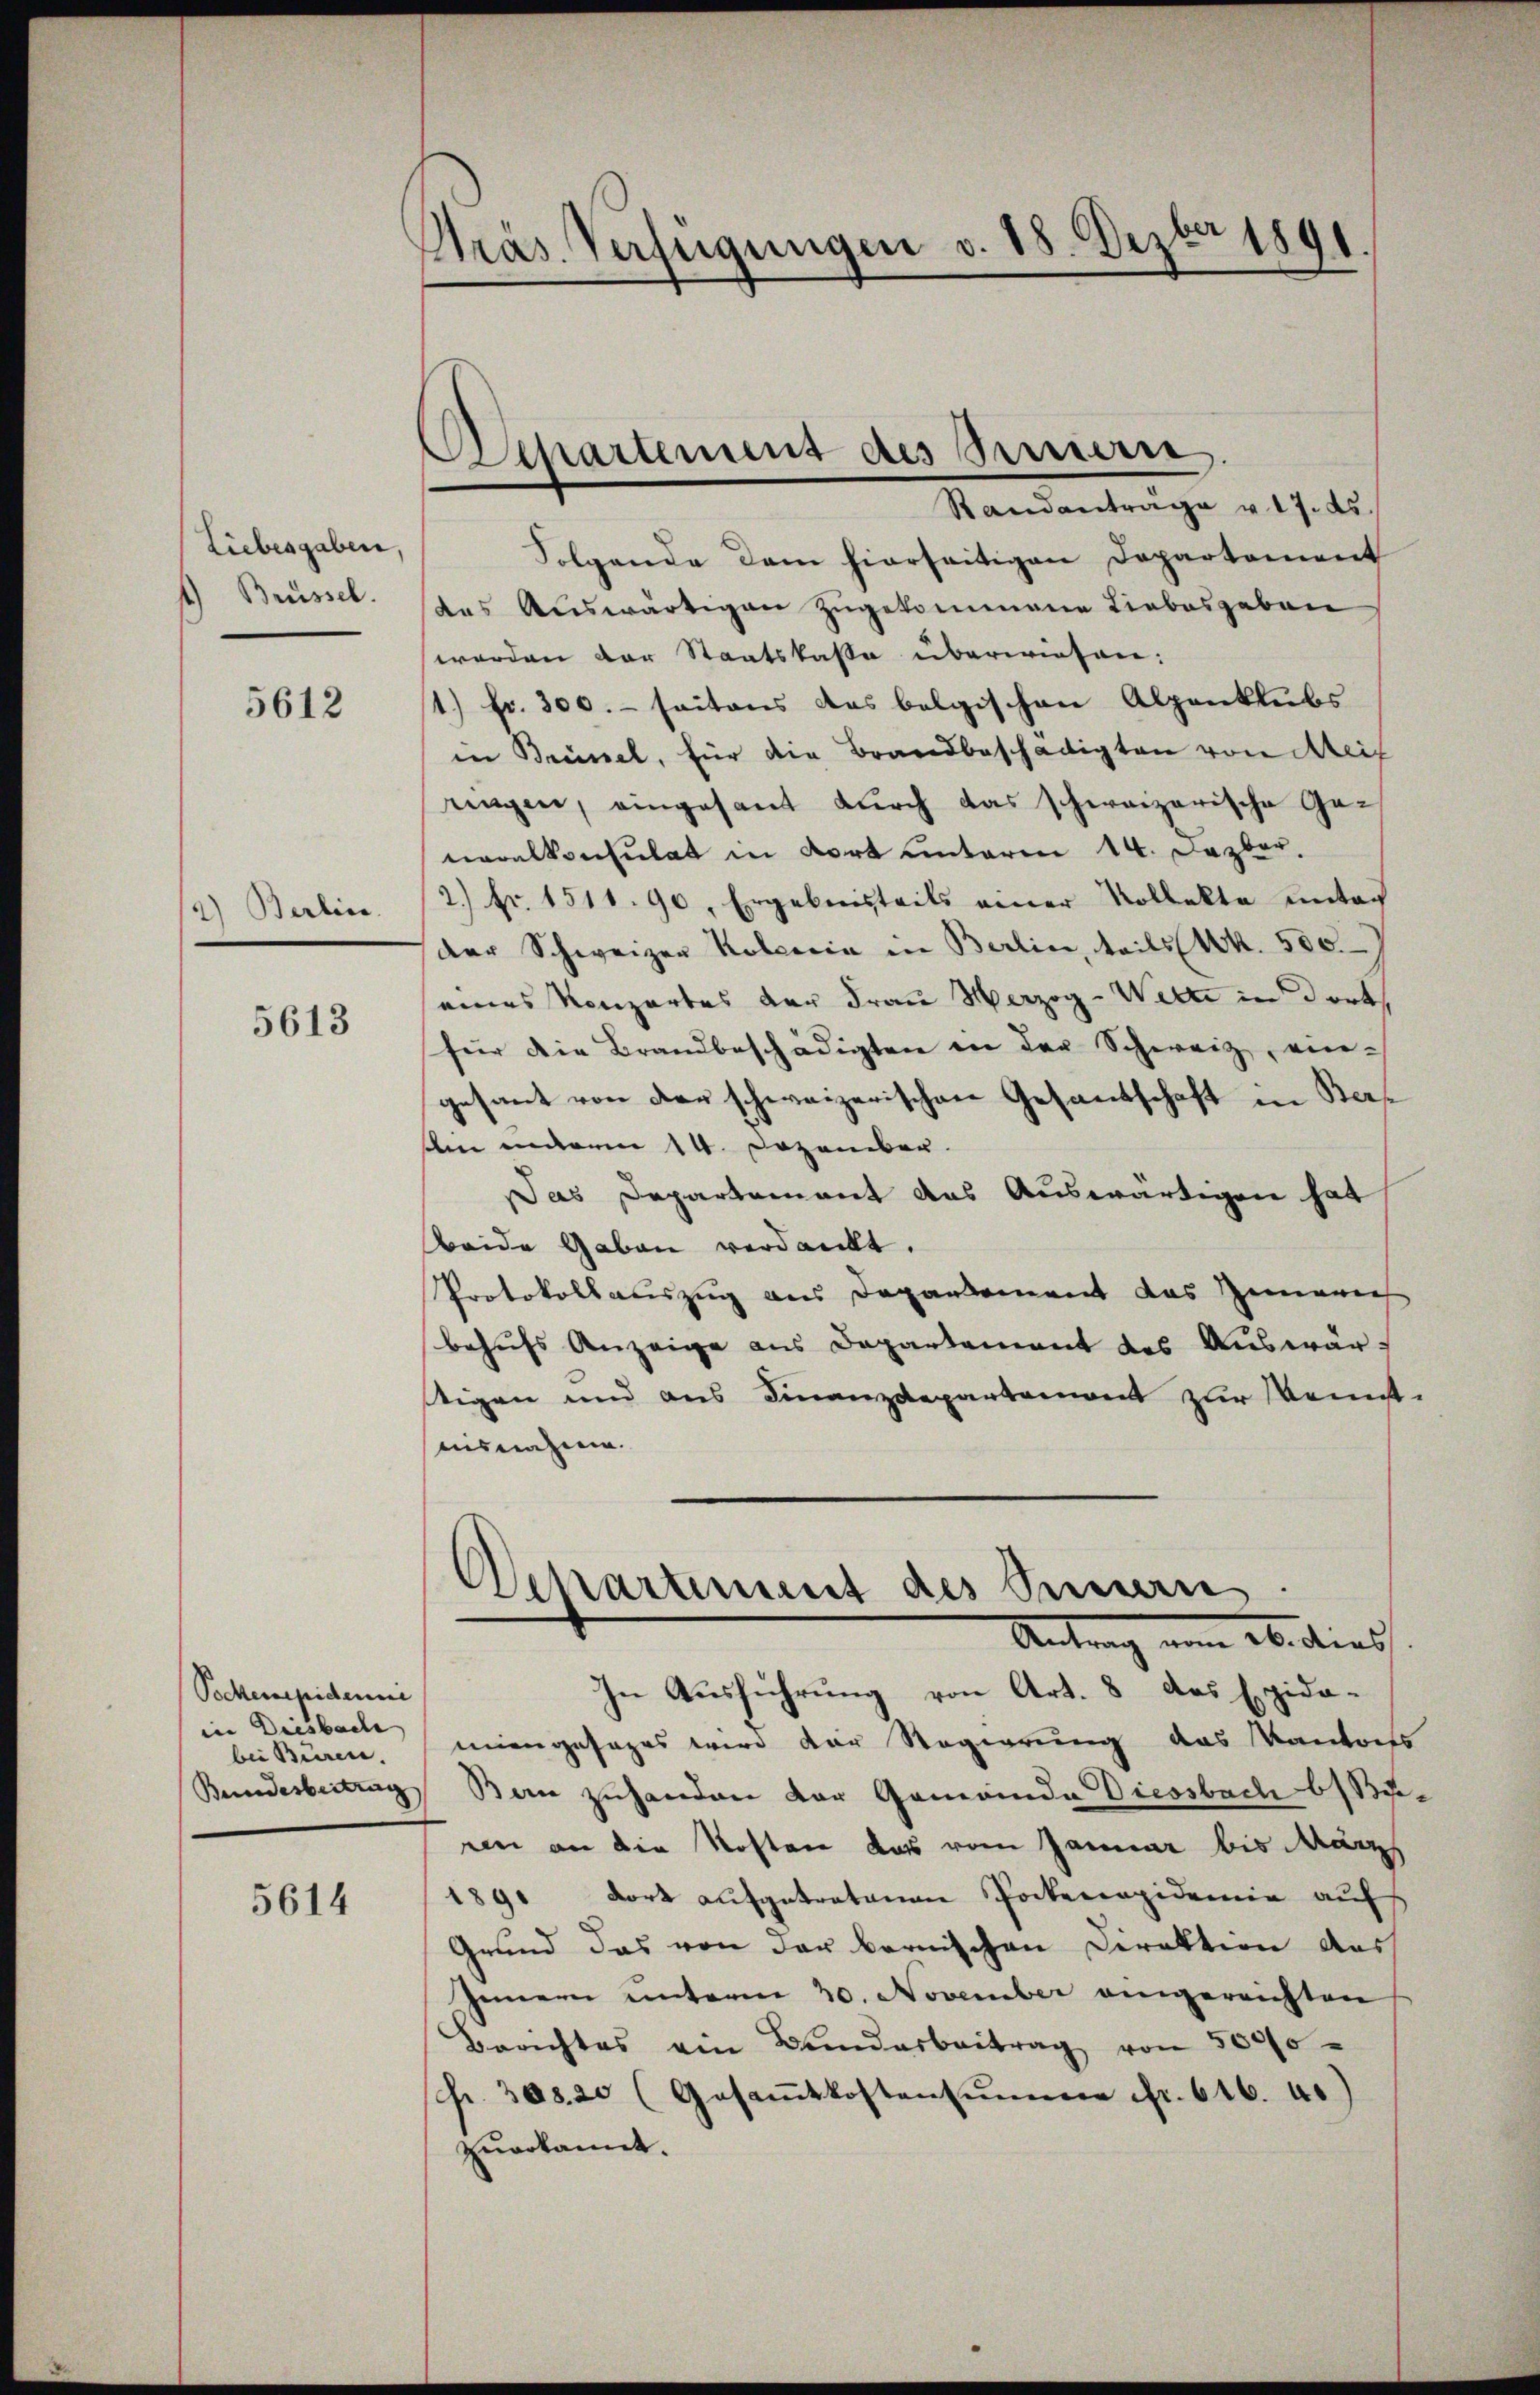
Liebesgaben.
1) Brüssel.

5612

12) Berline.

5613

Pockenepidemi
in Diesbache
bei Büren.
Beundesbeitrag

5614

Präs. Verfügungen v. 18. Dezbr 1891

Separtement des Sinnern.

Randanträge v. 17. ds.
Folgende dem hierseitigen Departement
das Auswärtigen zugekommene Liebesgaben
werden der Staatskasse überwiesen:
1.) Fr. 300. - seitens das belgischen Alpenklubs
in Brünel, für die Brandbeschädigten von Meis
ringen, eingesant durch das schweizerische Generalkonsulat in dort unterm 14. Dezbr.
2.) Fr. 1511. 90, Ergebnisteils einer Kollekte unter
der Schweizer Koloria in Berlin, teils (Wk. 500.
eines Konzertes der Frau Herzog - Wette in dorts
für die Brandbeschädigten in der Schweiz, eingesant von der schweizerischen Gesandschaft in Ber
Am indem 14. Dezember.
Das Departement das Auswärtigen hat
Beide Gaben verdankt.
Protokollauszug aus Dogankoment das Zimerich
behufs Anzeige aus Departement des Auswärstigen und aus Finanzdepartement zur Kenntmisnahme.
Departement des Semen
Antrag nun ab dies
In Ausführung von Art. 8 des Epida-
miengesages wird der Regierung das Kantons
Bern zuhanden der Gemeinde Diessbach Buren an die Kosten das vom Januar bis März
1891 dort aufgetretenen Pockerapidemie auf
Grund das von der bernischen Direktion des
Innern unterm 20. November eingereichten
Berichtes ein Bundarbeitrag von 5000
fr. 308. 20 (Gesaṁtkostensŭmme Fr. 616. 40)
zuerkannt.